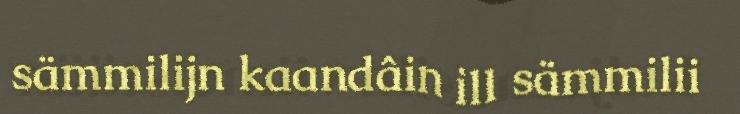
sämmilijn kaandâin ill sämmilii